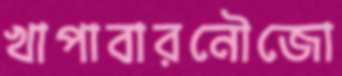
খাপাবারনৌজো